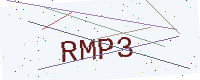
Text: RMP3